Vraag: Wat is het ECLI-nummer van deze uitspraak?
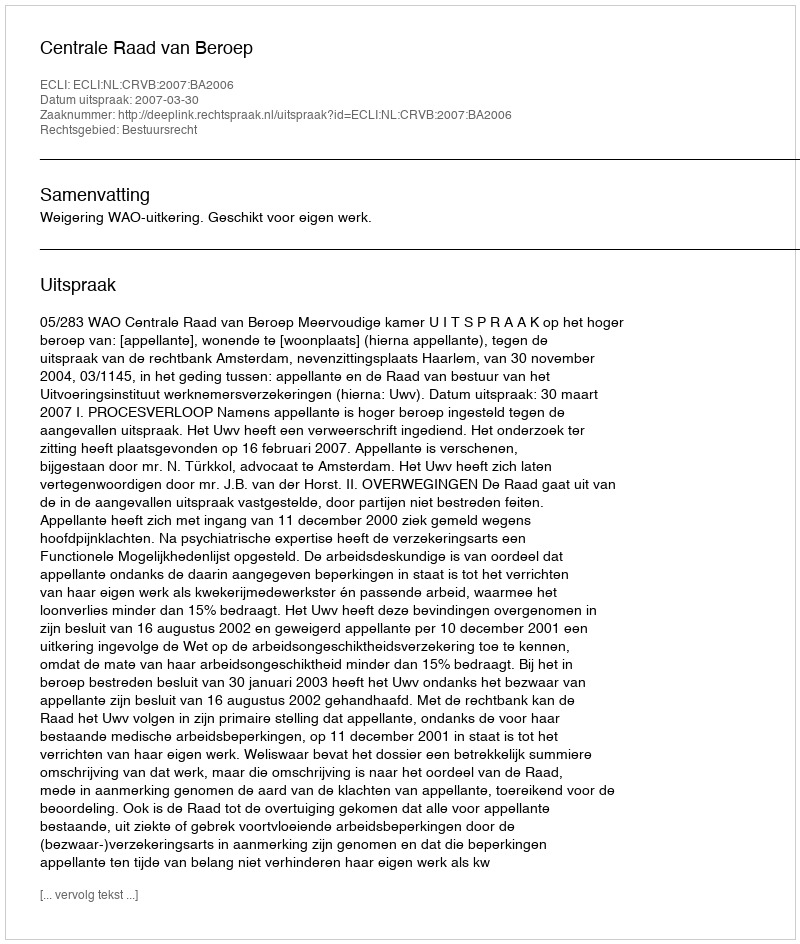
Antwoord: ECLI:NL:CRVB:2007:BA2006